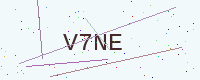
Text: V7NE